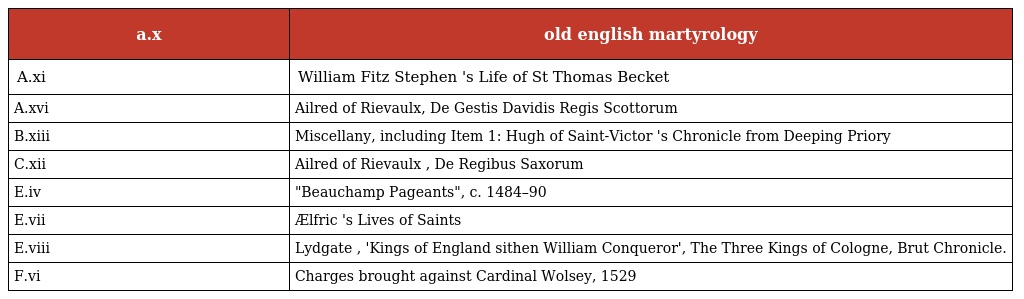
| a.x | old english martyrology |
 | --- | --- |
 | A.xi | William Fitz Stephen 's Life of St Thomas Becket |
 | A.xvi | Ailred of Rievaulx, De Gestis Davidis Regis Scottorum |
 | B.xiii | Miscellany, including Item 1: Hugh of Saint-Victor 's Chronicle from Deeping Priory |
 | C.xii | Ailred of Rievaulx , De Regibus Saxorum |
 | E.iv | "Beauchamp Pageants", c. 1484–90 |
 | E.vii | Ælfric 's Lives of Saints |
 | E.viii | Lydgate , 'Kings of England sithen William Conqueror', The Three Kings of Cologne, Brut Chronicle. |
 | F.vi | Charges brought against Cardinal Wolsey, 1529 |